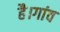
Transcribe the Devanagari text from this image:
है।गांव